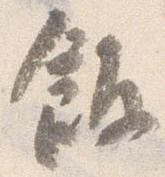
飯